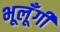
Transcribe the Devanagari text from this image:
भूलूँगी